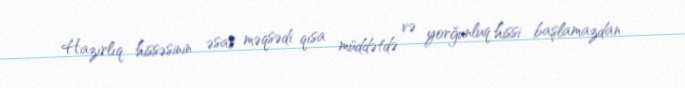
Hazırlıq hissəsinin əsas məqsədi qısa müddətdə və yorğunluq hissi başlamazdan